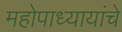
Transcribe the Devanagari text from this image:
महोपाध्यायांचे